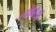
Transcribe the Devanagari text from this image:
त्योरियां